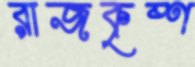
রাজকৃষ্ণ